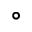
^ { \circ }